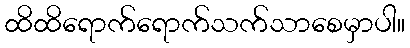
ထိထိရောက်ရောက်သက်သာစေမှာပါ။